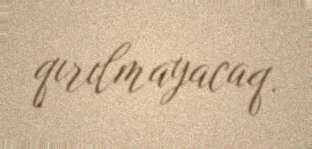
qırılmayacaq.